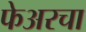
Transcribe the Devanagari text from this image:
फेअरचा